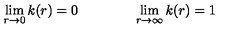
\lim _ { r \rightarrow 0 } k ( r ) = 0 \qquad \qquad \lim _ { r \rightarrow \infty } k ( r ) = 1